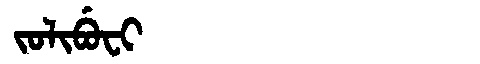
Manchu: ᠵᠣᠯᡳᠪᡠᠸᡳ
Romanization: JOLIBUFI